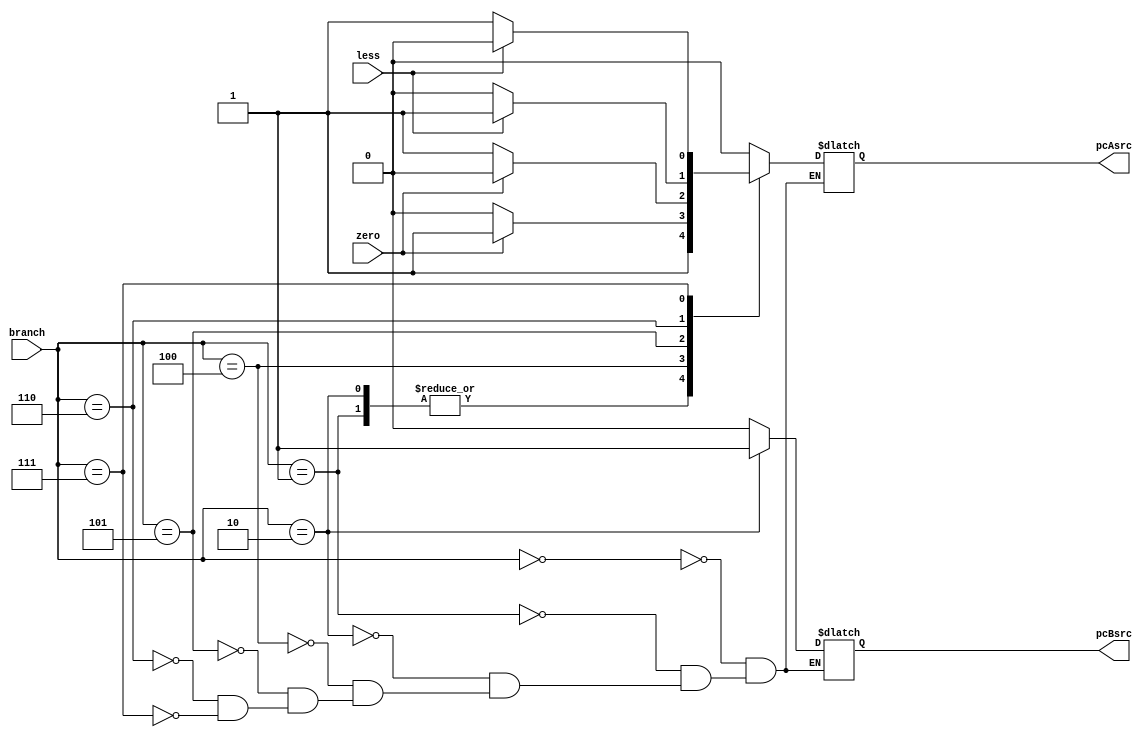
module branchcond(
	input [2:0] branch,
	input zero,
	input less,
	output reg pcAsrc,
	output reg pcBsrc
	);

	always @ (*) begin
		case (branch)
			3'b000: begin pcAsrc = 1'b0; pcBsrc = 1'b0; end
			3'b001: begin pcAsrc = 1'b1; pcBsrc = 1'b0; end
			3'b010: begin pcAsrc = 1'b1; pcBsrc = 1'b1; end
			3'b100: begin 
				case (zero)
					1'b0: begin pcAsrc = 1'b0; pcBsrc = 1'b0; end
					1'b1: begin pcAsrc = 1'b1; pcBsrc = 1'b0; end
				endcase
			end
			3'b101: begin
				case (zero)
					1'b0: begin pcAsrc = 1'b1; pcBsrc = 1'b0; end
					1'b1: begin pcAsrc = 1'b0; pcBsrc = 1'b0; end
				endcase
			end
			3'b110: begin
				case (less)
					1'b0: begin pcAsrc = 1'b0; pcBsrc = 1'b0; end
					1'b1: begin pcAsrc = 1'b1; pcBsrc = 1'b0; end
				endcase
			end
			3'b111: begin
				case (less)
					1'b0: begin pcAsrc = 1'b1; pcBsrc = 1'b0; end
					1'b1: begin pcAsrc = 1'b0; pcBsrc = 1'b0; end
				endcase
			end
		endcase
	end
	
endmodule